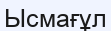
Ысмағұл